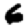
Digit: 6